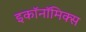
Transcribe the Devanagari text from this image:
इकाॅनाॅमिक्स